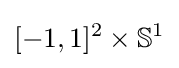
[-1,1]^{2}\times \mathbb {S} ^{1}